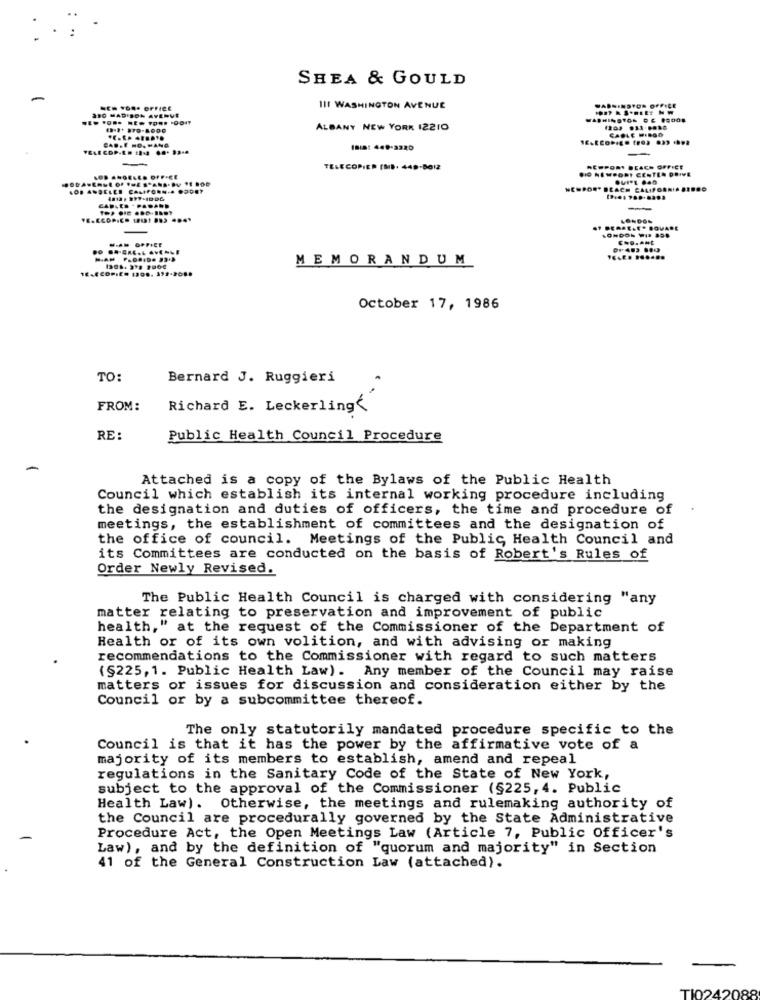
SHEA & GOULD
-
I11 WASHINGTON AVENUE
290 MADISON AVENUE
ALBANY NEW YORK 12210
CABLE WILGO
IBIS: 449-3220
TELECOPIER (MB. 449-8012
NEWPORT BEACH CALIFORNIA
LONDON
.E.E . BOVADE
MEMORANDUM
October 17, 1986
TO
Bernard J. Ruggieri
FROM:
Richard E. Leckerling<
RE:
Public Health Council Procedure
Attached is a copy of the Bylaws of the Public Health
Council which establish its internal working procedure including
the designation and duties of officers, the time and procedure of
meetings, the establishment of committees and the designation of
the office of council. Meetings of the Public Health Council and
its Committees are conducted on the basis of Robert's Rules of
Order Newly Revised.
The Public Health Council is charged with considering "any
matter relating to preservation and improvement of public
health," at the request of the Commissioner of the Department of
Health or of its own volition, and with advising or making
recommendations to the Commissioner with regard to such matters
(§225, 1. Public Health Law). Any member of the Council may raise
matters or issues for discussion and consideration either by the
Council or by a subcommittee thereof.
The only statutorily mandated procedure specific to the
Council is that it has the power by the affirmative vote of a
majority of its members to establish, amend and repeal
regulations in the Sanitary Code of the State of New York,
subject to the approval of the Commissioner (§225, 4. Public
Health Law). Otherwise, the meetings and rulemaking authority of
the Council are procedurally governed by the State Administrative
Procedure Act, the Open Meetings Law (Article 7, Public Officer's
Law), and by the definition of "quorum and majority" in Section
41 of the General Construction Law (attached).
TI0242088